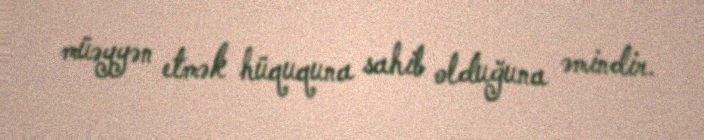
müəyyən etmək hüququna sahib olduğuna əmindir.